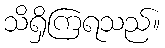
သိရှိကြရသည်။